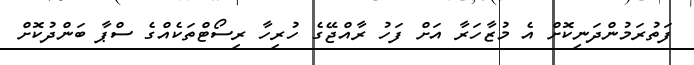
ފަތުރަމުންދަނިކޮށް އެ މުޒާހަރާ އަށް ފަހު ރާއްޖޭގެ ހުރިހާ ރިސޯޓްތަކެއްގެ ސްޕާ ބަންދުކޮށް